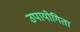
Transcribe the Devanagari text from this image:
उपायोगिता